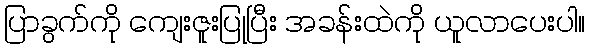
ပြာခွက်ကို ကျေးဇူးပြုပြီး အခန်းထဲကို ယူလာပေးပါ။